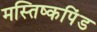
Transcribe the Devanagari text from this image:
मस्तिष्कपिंड